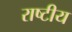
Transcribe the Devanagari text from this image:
राष्‍टीय